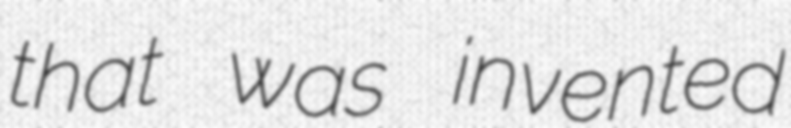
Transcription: that was invented